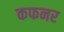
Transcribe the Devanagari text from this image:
कफनर